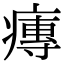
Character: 𤹵